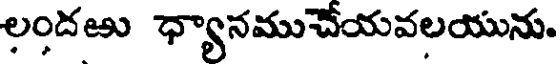
లందఱు ధ్యానముచేయవలయును.